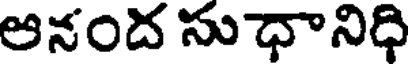
ఆనంద సుధానిధి